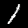
Digit: 1